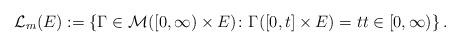
LaTeX: \begin{align*}\mathcal{L}_{m}(E):=\left\{\Gamma\in\mathcal{M}([0,\infty)\times E)\colon\Gamma([0,t]\times E)=tt\in[0,\infty)\right\}.\end{align*}